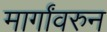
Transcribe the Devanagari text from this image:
मार्गांवरुन